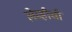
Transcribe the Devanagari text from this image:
लेव्हीची